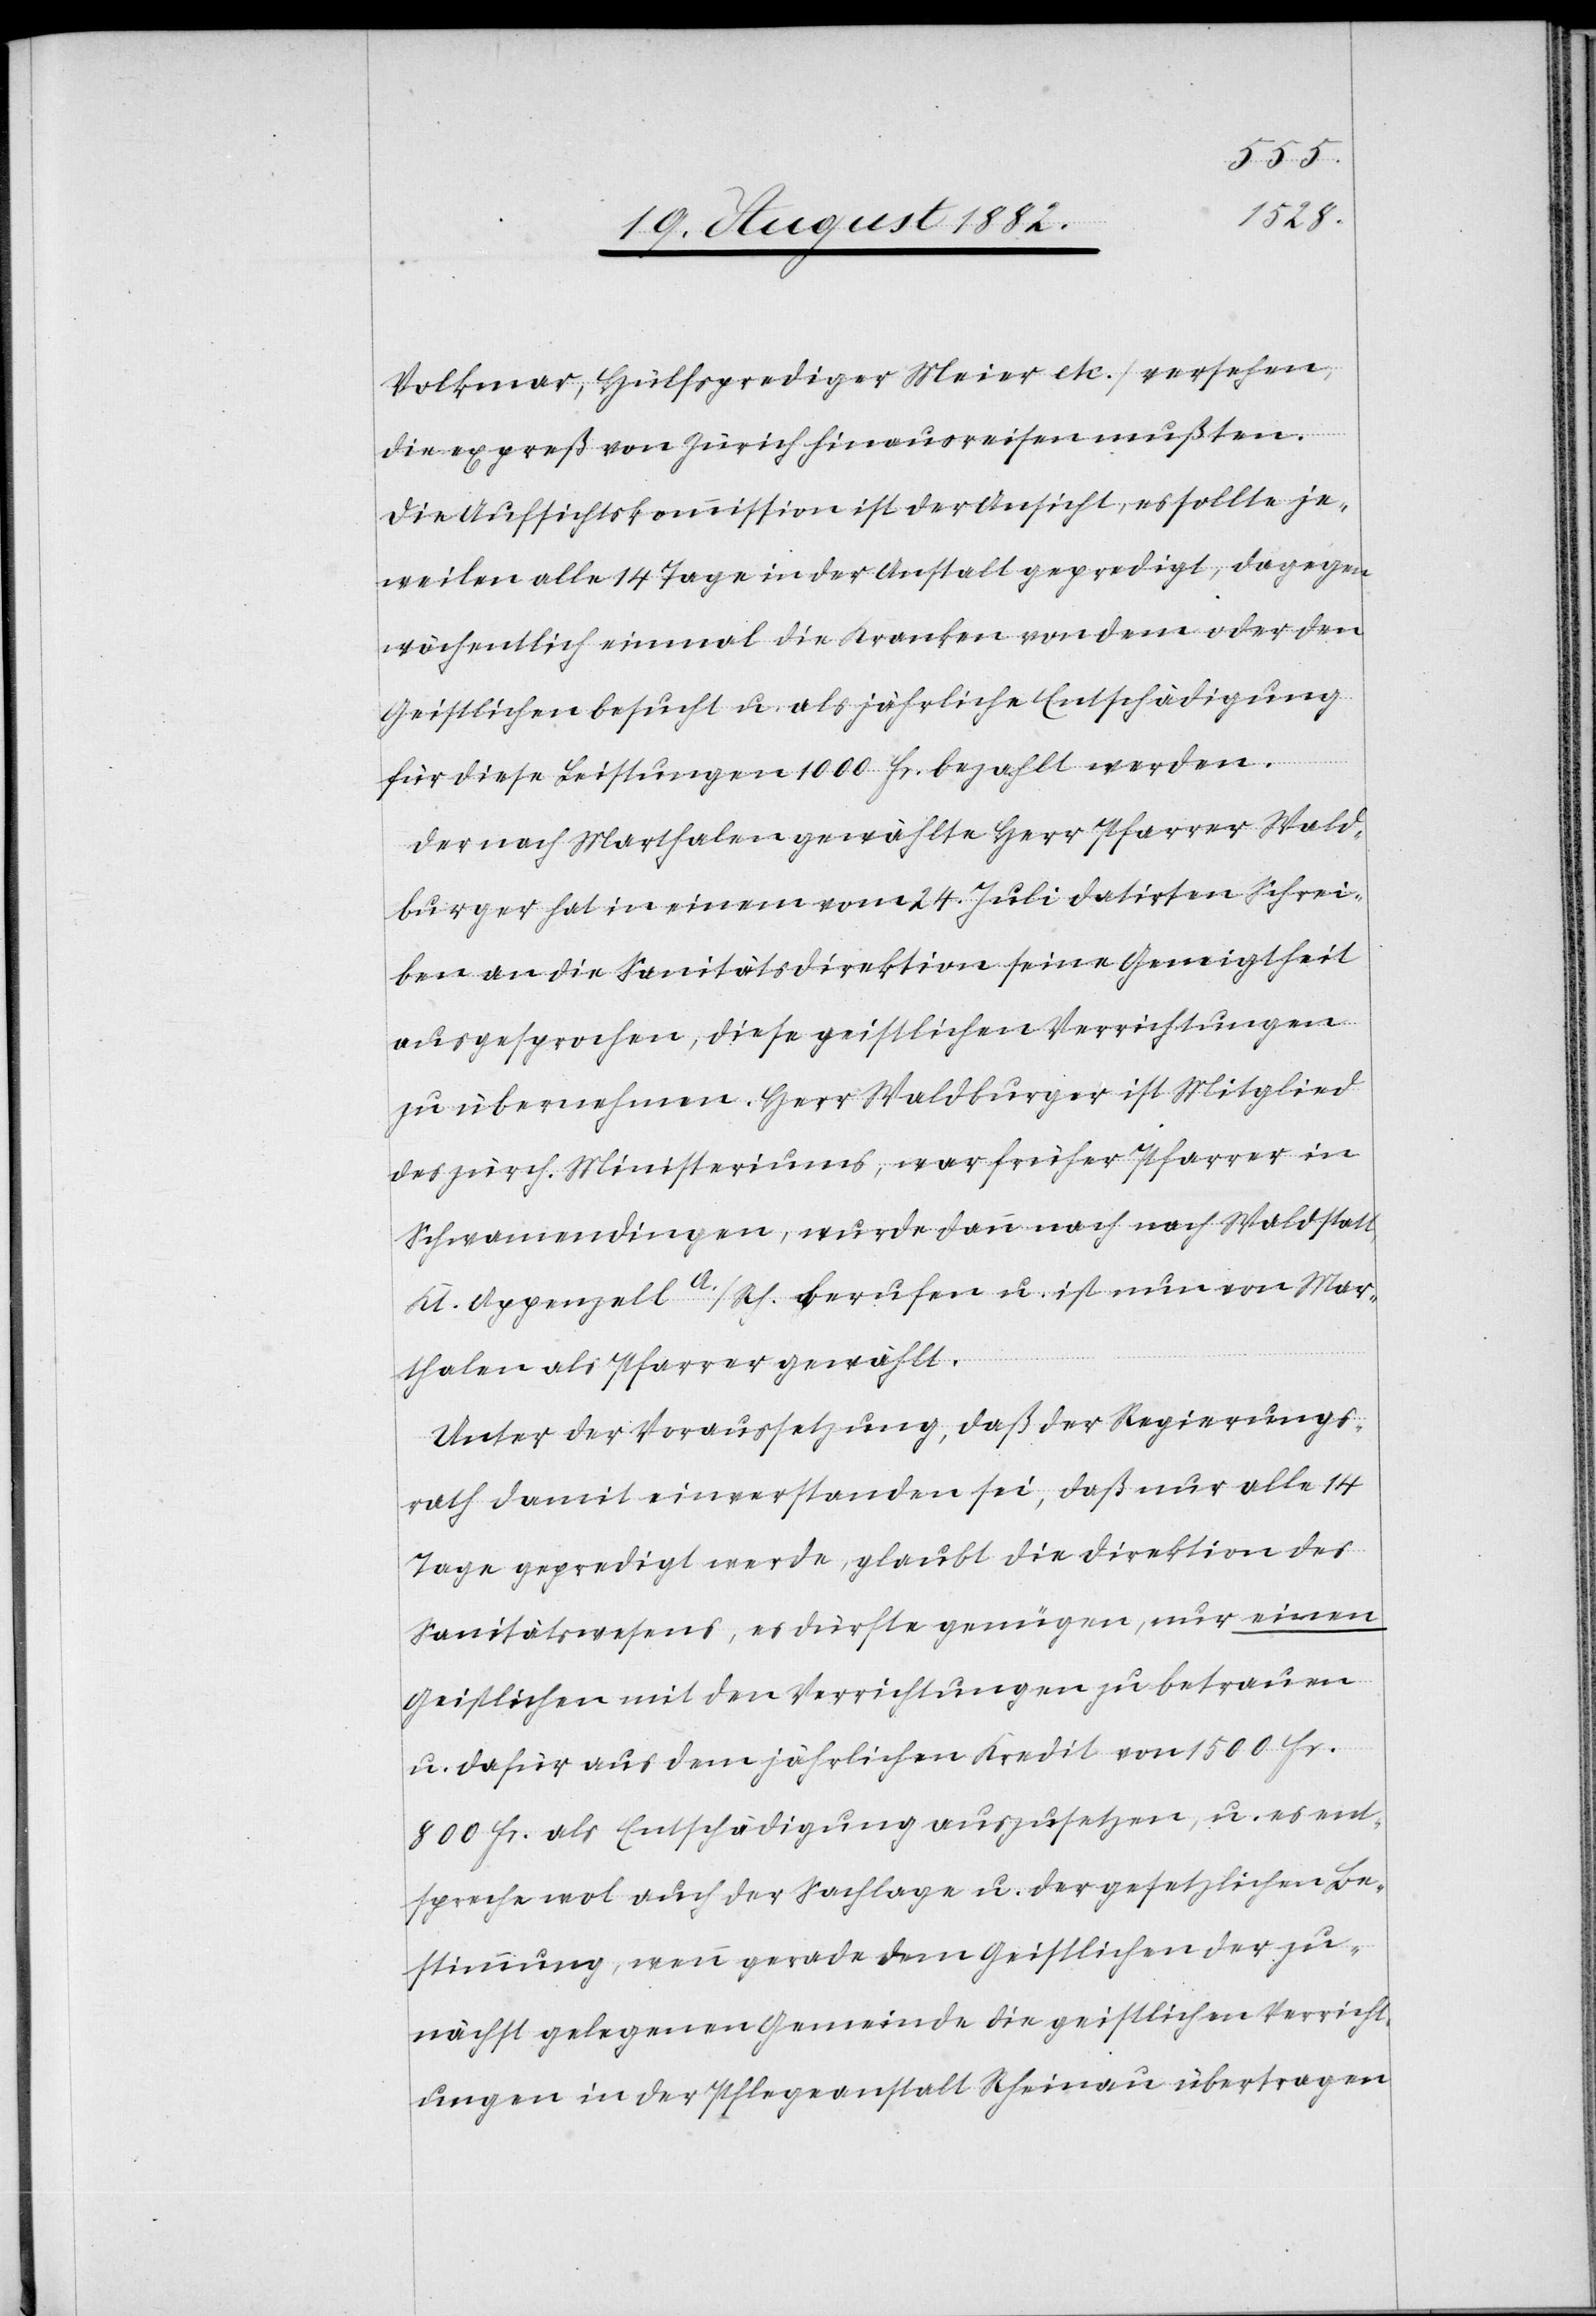
Volkmar, Hülfsprediger Meier etc.) versehen,
die expreß von Zürich hinausreisen mußten.
Die Aufsichtskommission ist der Ansicht, es sollte je¬
weilen alle 14 Tage in der Anstalt gepredigt, dagegen
wöchentlich einmal die Kranken von dem oder den
Geistlichen besucht u. als jährliche Entschädigung
für diese Leistungen 1000 Fr. bezahlt werden.
Der nach Marthalen gewählte Herr Pfarrer Wald¬
burger hat in einem vom 24. Juli datirten Schrei¬
ben an die Sanitätsdirektion seine Geneigtheit
ausgesprochen, diese geistlichen Verrichtungen
zu übernehmen. Herr Waldburger ist Mitglied
des zürch. Ministeriums, war früher Pfarrer in
Schwamendingen, wurde dann noch nach Waldstatt
Kt. Appenzell A./Rh. berufen u. ist nun von Mar¬
thalen als Pfarrer gewählt.
Unter der Voraussetzung, daß der Regierungs¬
rath damit einverstanden sei, daß nur alle 14
Tage gepredigt werde, glaubt die Direktion des
Sanitätswesens, es dürfte genügen, nur einen
Geistlichen mit den Verrichtungen zu betrauen
u. dafür aus dem jährlichen Kredit von 1500 Fr.
800 Fr. als Entschädigung auszusetzen, u. es ent¬
spreche wol auch der Sachlage u. der gesetzlichen Be¬
stimmung, wenn gerade dem Geistlichen der zu¬
nächst gelegenen Gemeinde die geistlichen Verricht¬
ungen in der Pflegeanstalt Rheinau übertragen